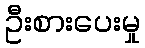
ဦးစားပေးမှု